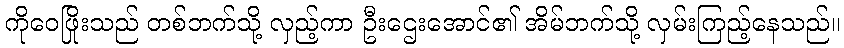
ကိုဝေဖြိုးသည် တစ်ဘက်သို့ လှည့်ကာ ဦးဌေးအောင်၏ အိမ်ဘက်သို့ လှမ်းကြည့်နေသည်။